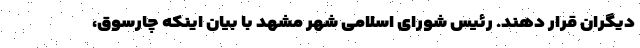
دیگران قرار دهند. رئیس شورای اسلامی شهر مشهد با بیان اینکه چارسوق،